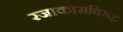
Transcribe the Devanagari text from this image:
रजाकाराविरुद्ध